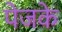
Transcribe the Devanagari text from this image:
पेजके